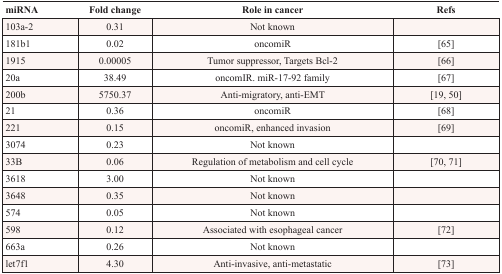
| miRNA | Fold change | Role in cancer | Refs |
 | --- | --- | --- | --- |
 | 103a-2 | 0.31 | Not known |  |
 | 181b1 | 0.02 | oncomiR | [65] |
 | 1915 | 0.00005 | Tumor suppressor, Targets Bcl-2 | [66] |
 | 20a | 38.49 | oncomIR. miR-17-92 family | [67] |
 | 200b | 5750.37 | Anti-migratory, anti-EMT | [19, 50] |
 | 21 | 0.36 | oncomiR | [68] |
 | 221 | 0.15 | oncomiR, enhanced invasion | [69] |
 | 3074 | 0.23 | Not known |  |
 | 33B | 0.06 | Regulation of metabolism and cell cycle | [70, 71] |
 | 3618 | 3.00 | Not known |  |
 | 3648 | 0.35 | Not known |  |
 | 574 | 0.05 | Not known |  |
 | 598 | 0.12 | Associated with esophageal cancer | [72] |
 | 663a | 0.26 | Not known |  |
 | let7f1 | 4.30 | Anti-invasive, anti-metastatic | [73] |